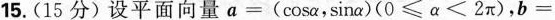
15.(15分)设平面向量$$a = ( cosα ，sinα ) ( 0 ≤ α ≤ 2 π )$$，$$b=